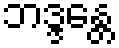
ဘဒ္ဒန္တေ